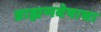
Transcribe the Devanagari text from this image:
ब्राह्मणवेषाचा